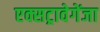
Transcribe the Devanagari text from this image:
एक्सट्रावेगेंजा